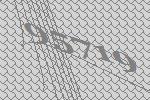
95719